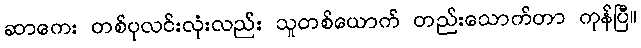
ဆာကေး တစ်ပုလင်းလုံးလည်း သူတစ်ယောက် တည်းသောက်တာ ကုန်ပြီ။